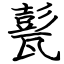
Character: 甏